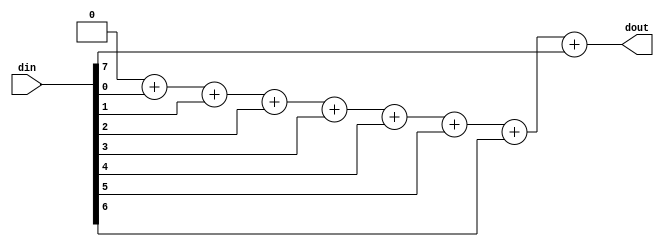
/**********************************************************************
 * DO WHAT THE FUCK YOU WANT TO AND DON'T BLAME US PUBLIC LICENSE     *
 *                    Version 3, April 2008                           *
 *                                                                    *
 * Copyright (C) 2018 Luke Wren                                       *
 *                                                                    *
 * Everyone is permitted to copy and distribute verbatim or modified  *
 * copies of this license document and accompanying software, and     *
 * changing either is allowed.                                        *
 *                                                                    *
 *   TERMS AND CONDITIONS FOR COPYING, DISTRIBUTION AND MODIFICATION  *
 *                                                                    *
 * 0. You just DO WHAT THE FUCK YOU WANT TO.                          *
 * 1. We're NOT RESPONSIBLE WHEN IT DOESN'T FUCKING WORK.             *
 *                                                                    *
 *********************************************************************/

module popcount #(
	parameter W_IN = 8,
	parameter W_OUT = $clog2(W_IN + 1) // Do not modify
) (
	input  wire [W_IN-1:0]  din,
	output wire [W_OUT-1:0] dout
);

// If it's stupid but it works, it's not stupid
// (this actually gives reasonable synthesis results, though FPGAs can do much
// better in some cases using e.g. compressor trees)

reg [W_OUT-1:0] accum;
integer i;

always @ (*) begin
	accum = {W_OUT{1'b0}};
	for (i = 0; i < W_IN; i = i + 1)
		accum = accum + din[i];
end

assign dout = accum;

endmodule